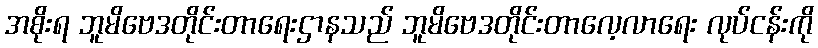
အစိုးရ ဘူမိဗေဒတိုင်းတာရေးဌာနသည် ဘူမိဗေဒတိုင်းတာလေ့လာရေး လုပ်ငန်းကို